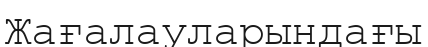
Жағалауларындағы